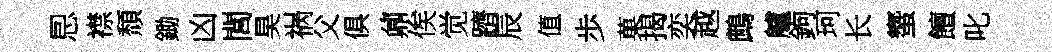
㤙襟頹鋤凶閭昊祸父俱鼐俟觉躋辰值歩菓揭奕越鷓艫鉤珂长蠁饘叱